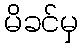
မိခင်မှ